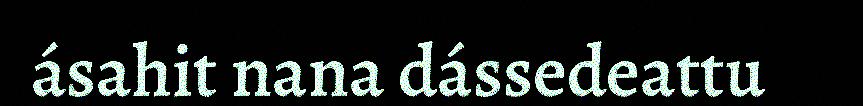
ásahit nana dássedeattu